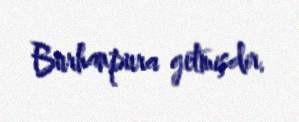
Burhanpura getmişdir.